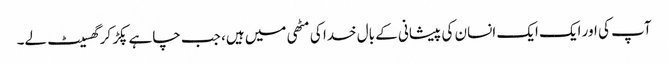
آپ کی اور ایک ایک انسان کی پیشانی کے بال خدا کی مٹھی میں ہیں، جب چاہے پکڑ کر گھسیٹ لے۔